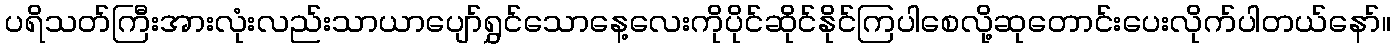
ပရိသတ်ကြီးအားလုံးလည်းသာယာပျော်ရွှင်သောနေ့လေးကိုပိုင်ဆိုင်နိုင်ကြပါစေလို့ဆုတောင်းပေးလိုက်ပါတယ်နော်။